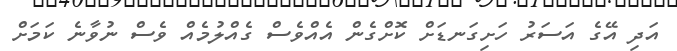
އަދި އޭގެ އަސަރު ހަށިގަނޑަށް ކޮށްގެން އެއްވެސް ގެއްލުމެއް ވެސް ނުވާނެ ކަމަށް